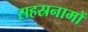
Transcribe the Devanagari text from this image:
सहस्रनामों